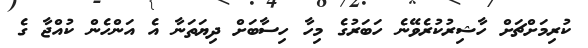
ކުރިމަށްޗަށް ހާޝިރުކުރެވޭނެ ހަބަރުގެ މިހާ ހިސާބަށް ދިޔަތަނާ އެ އަންހެން ކުއްޖާ ގެ